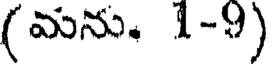
(మను. 1-9)